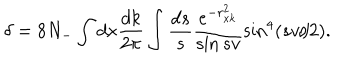
LaTeX: \delta = 8 N _ { - } \int d x \frac { d k } { 2 \pi } \int \frac { d s } { s } \frac { e ^ { - r _ { x k } ^ { 2 } } } { \sin s v } \sin ^ { 4 } ( s v / 2 ) .